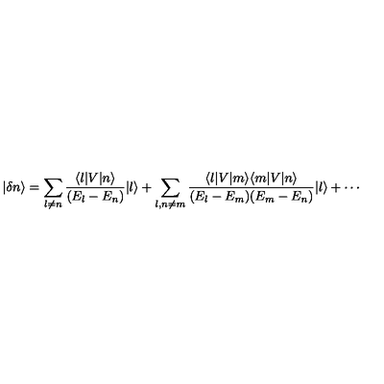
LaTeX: | \delta n \rangle = \sum _ { l \neq n } { \frac { \langle l | V | n \rangle } { ( E _ { l } - E _ { n } ) } } | l \rangle + \sum _ { l , n \neq m } { \frac { \langle l | V | m \rangle \langle m | V | n \rangle } { ( E _ { l } - E _ { m } ) ( E _ { m } - E _ { n } ) } } | l \rangle + \cdots